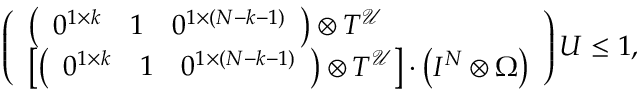
\begin{array} { r l } & { \left( \begin{array} { l } { \left( \begin{array} { l l l } { 0 ^ { 1 \times k } } & { 1 } & { 0 ^ { 1 \times ( N - k - 1 ) } } \end{array} \right) \otimes T ^ { \mathcal { U } } } \\ { \left[ \left( \begin{array} { l l l } { 0 ^ { 1 \times k } } & { 1 } & { 0 ^ { 1 \times ( N - k - 1 ) } } \end{array} \right) \otimes T ^ { \mathcal { U } } \right] \cdot \left( I ^ { N } \otimes \Omega \right) } \end{array} \right) U \leq 1 , } \end{array}